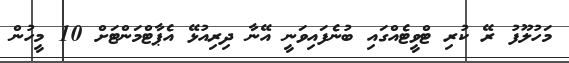
މަހުލޫފު ރޭ ކުރި ޓްވީޓެއްގައި ބުނެފައިވަނީ އޭނާ ދިރިއުޅޭ އެޕާޓްމަންޓަށް 10 މީހުން